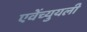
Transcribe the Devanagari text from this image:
एवेंच्युयली